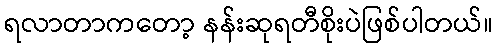
ရလာတာကတော့ နန်းဆုရတီစိုးပဲဖြစ်ပါတယ်။